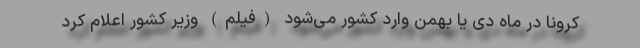
کرونا در ماه دی یا بهمن وارد کشور می‌شود (فیلم) وزیر کشور اعلام کرد